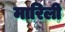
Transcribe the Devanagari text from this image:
मारिली